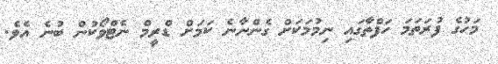
މަހުގެ ފުރަތަމަ ހަފްތާގައި ނިމުމަކަށް ގެންނާނެ ކަމަށް ޑްރީމް ނެޓްވޯކުން ބުނެ އެވެ.